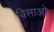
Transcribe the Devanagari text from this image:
विसाओ